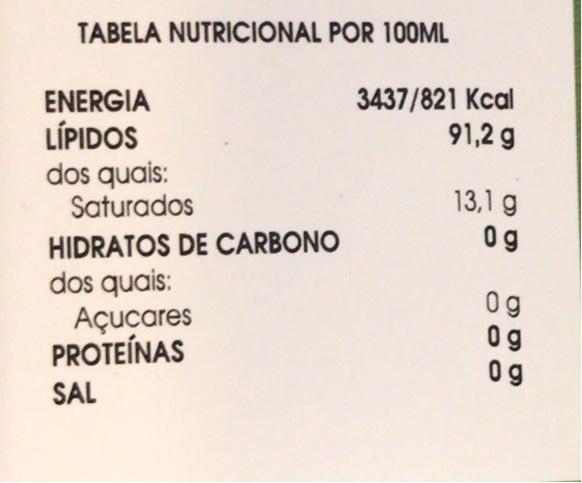
TABELA NUTRICIONAL POR 100ML
3437/821 Kcal 91,2 g
ENERGIA LÍPIDOS dos quais: Saturados
13,1 g 0g
HIDRATOS DE CARBONO dos quais: Açucares PROTEÍNAS
09 0 g 0 g
SAL